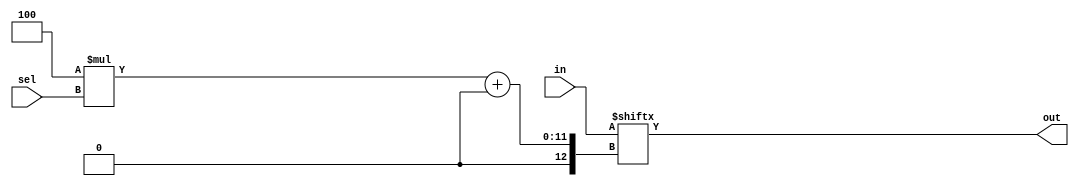
module top_module( 
    input [1023:0] in,
    input [7:0] sel,
    output [3:0] out );
    

assign out= in[ 4*sel+:4]; //  [sel*4+3:sel*4] : from sel*4 to 4 bits left (including sel*4 th bit)

endmodule